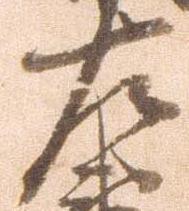
左